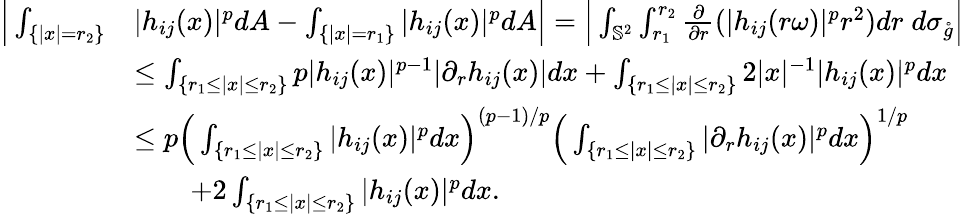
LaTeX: \begin{array}{rl}{\Big|\int_{\{ |x|=r_{2}\} }}&{|h_{ij}(x)|^{p}dA-\int_{\{ |x|=r_{1}\} }|h_{ij}(x)|^{p}dA\Big|=\Big|\int_{\mathbb S^{2}}\int_{r_{1}}^{r_{2}}\frac{\partial}{\partial r}(|h_{ij}(r\omega)|^{p}r^{2})dr\; d\sigma_{\mathring g}\Big|}\\ &{\leq\int_{\{ r_{1}\leq|x|\leq r_{2}\} }p|h_{ij}(x)|^{p-1}|\partial_{r}h_{ij}(x)|dx+\int_{\{ r_{1}\leq|x|\leq r_{2}\} }2|x|^{-1}|h_{ij}(x)|^{p}dx}\\ &{\leq p\Big(\int_{\{ r_{1}\leq|x|\leq r_{2}\} }|h_{ij}(x)|^{p}dx\Big)^{(p-1)/p}\Big(\int_{\{ r_{1}\leq|x|\leq r_{2}\} }|\partial_{r}h_{ij}(x)|^{p}dx\Big)^{1/p}}\\ &{\qquad+2\int_{\{ r_{1}\leq|x|\leq r_{2}\} }|h_{ij}(x)|^{p}dx.}\end{array}